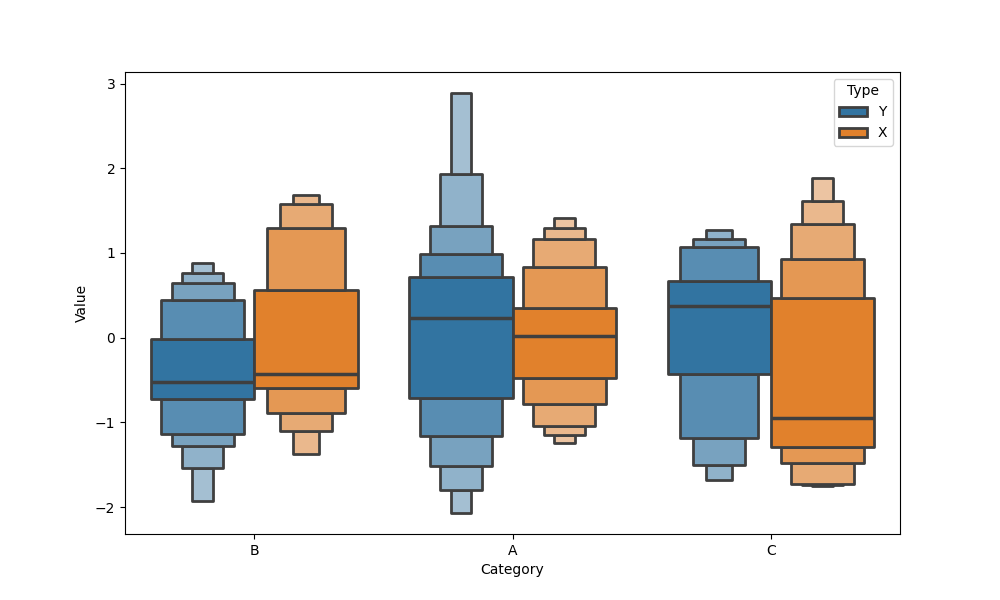
python, seaborn, boxenplot, k_depth='full', linewidth=2, scale='linear', outlier_prop=0.2, showfliers=False